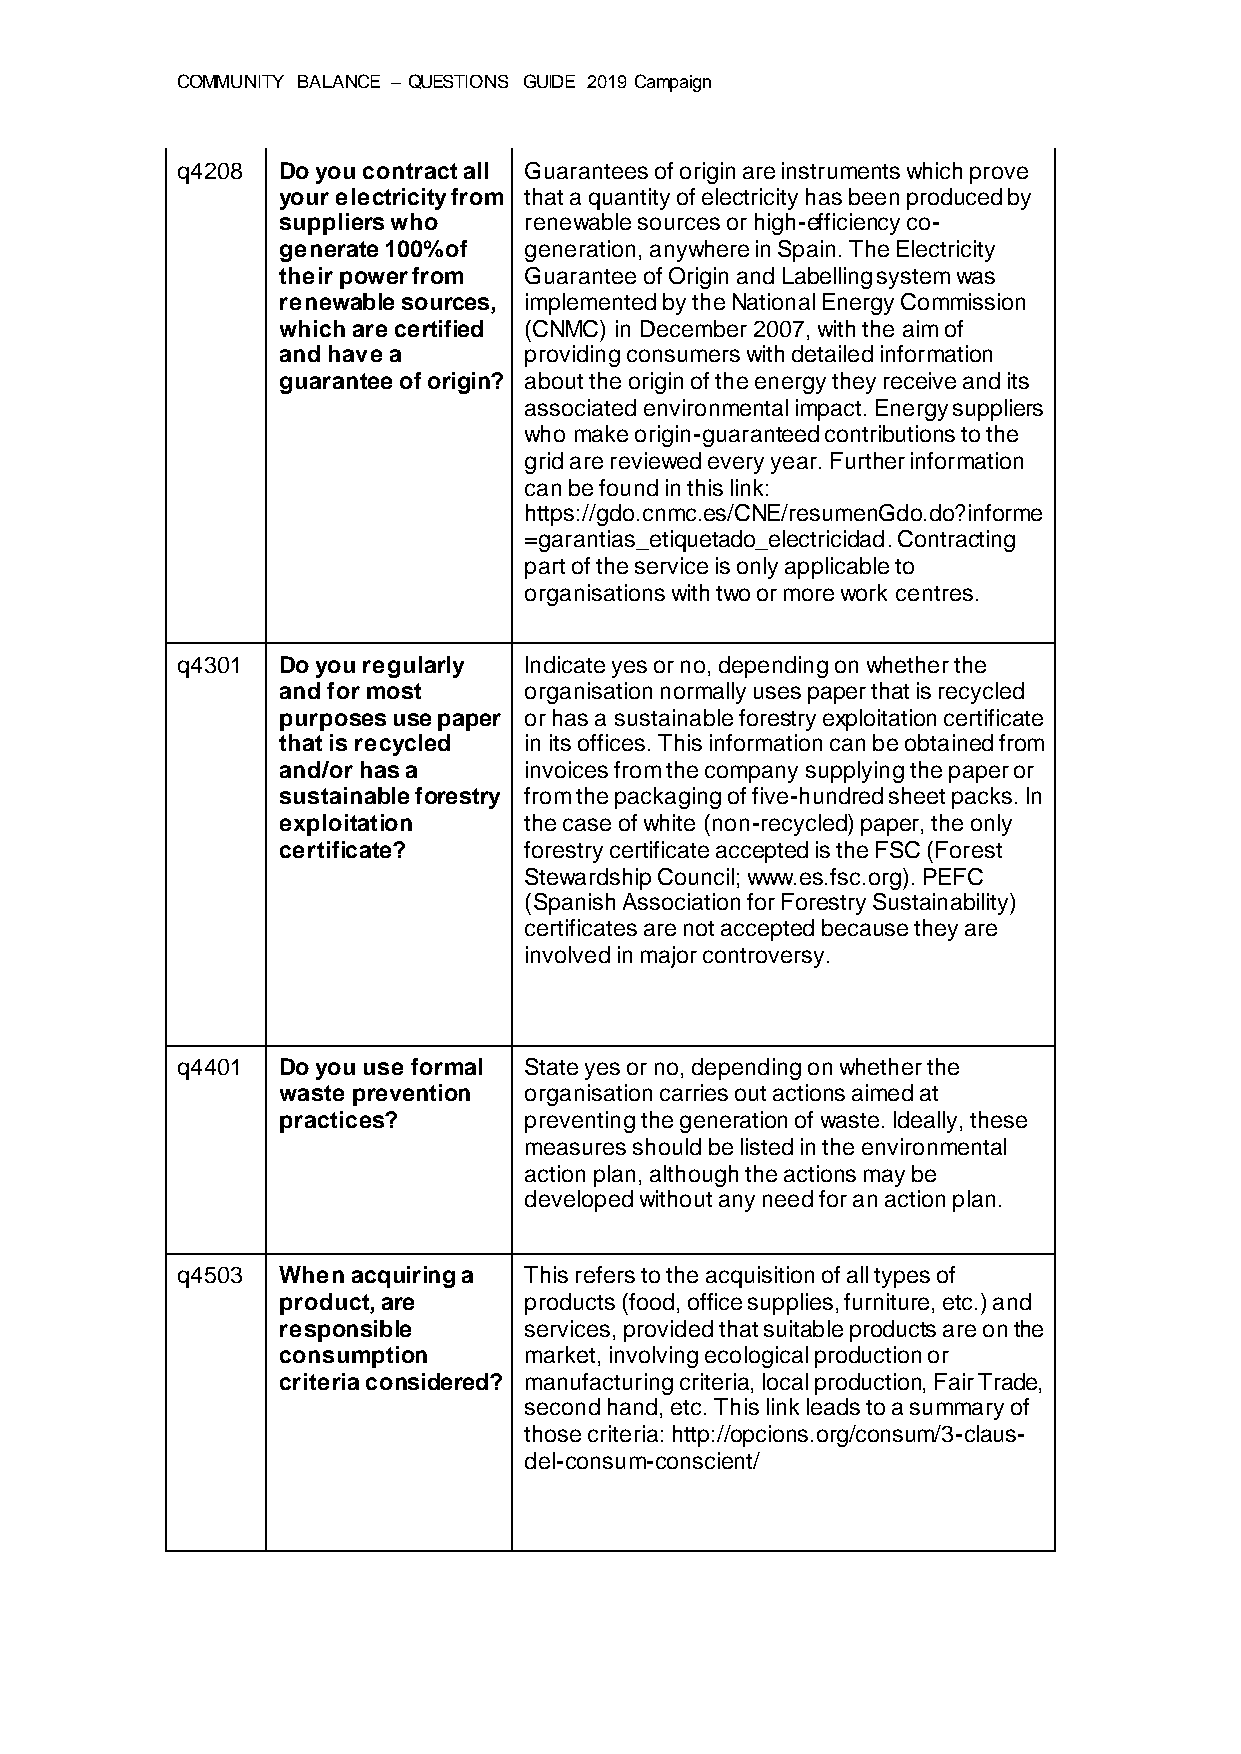
COMMUNITY BALANCE – QUESTIONS GUIDE 2019 Campaign
 q4208 Do you contract all Guarantees of origin are instruments which prove
 your electricity from that a quantity of electricity has been produced by
 suppliers who    renewable sources or high-efficiency co-
 generate 100% of generation, anywhere in Spain. The Electricity
 their power from Guarantee of Origin and Labelling system was
 renewable sources, implemented by the National Energy Commission
 which are certified (CNMC) in December 2007, with the aim of
 and have a       providing consumers with detailed information
 guarantee of origin? about the origin of the energy they receive and its
 associated environmental impact. Energy suppliers
 who make origin-guaranteed contributions to the
 grid are reviewed every year. Further information
 can be found in this link:
 https://gdo.cnmc.es/CNE/resumenGdo.do?informe
 =garantias_etiquetado_electricidad. Contracting
 part of the service is only applicable to
 organisations with two or more work centres.
 q4301 Do you regularly Indicate yes or no, depending on whether the
 and for most     organisation normally uses paper that is recycled
 purposes use paper or has a sustainable forestry exploitation certificate
 that is recycled in its offices. This information can be obtained from
 and/or has a     invoices from the company supplying the paper or
 sustainable forestry from the packaging of five-hundred sheet packs. In
 exploitation     the case of white (non-recycled) paper, the only
 certificate?     forestry certificate accepted is the FSC (Forest
 Stewardship Council; www.es.fsc.org). PEFC
 (Spanish Association for Forestry Sustainability)
 certificates are not accepted because they are
 involved in major controversy.
 q4401 Do you use formal State yes or no, depending on whether the
 waste prevention organisation carries out actions aimed at
 practices?       preventing the generation of waste. Ideally, these
 measures should be listed in the environmental
 action plan, although the actions may be
 developed without any need for an action plan.
 q4503 When acquiring a This refers to the acquisition of all types of
 product, are     products (food, office supplies, furniture, etc.) and
 responsible      services, provided that suitable products are on the
 consumption      market, involving ecological production or
 criteria considered? manufacturing criteria, local production, Fair Trade,
 second hand, etc. This link leads to a summary of
 those criteria: http://opcions.org/consum/3-claus-
 del-consum-conscient/